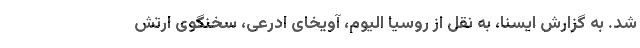
شد. به گزارش ایسنا، به نقل از روسیا الیوم، آویخای ادرعی، سخنگوی ارتش